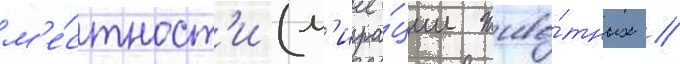
м'е́стност'и (м'игра́ции живо́тных /